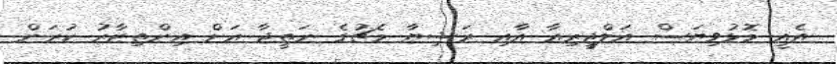
އެއީ މޮޅުވިޔަސް އަލްޖީރިއާ އާއި ރަޝިޔާ މެޗުގެ ނަތީޖާ އަށް އިންތިޒާރު ކުރަން